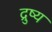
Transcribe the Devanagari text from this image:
द्रुष्य